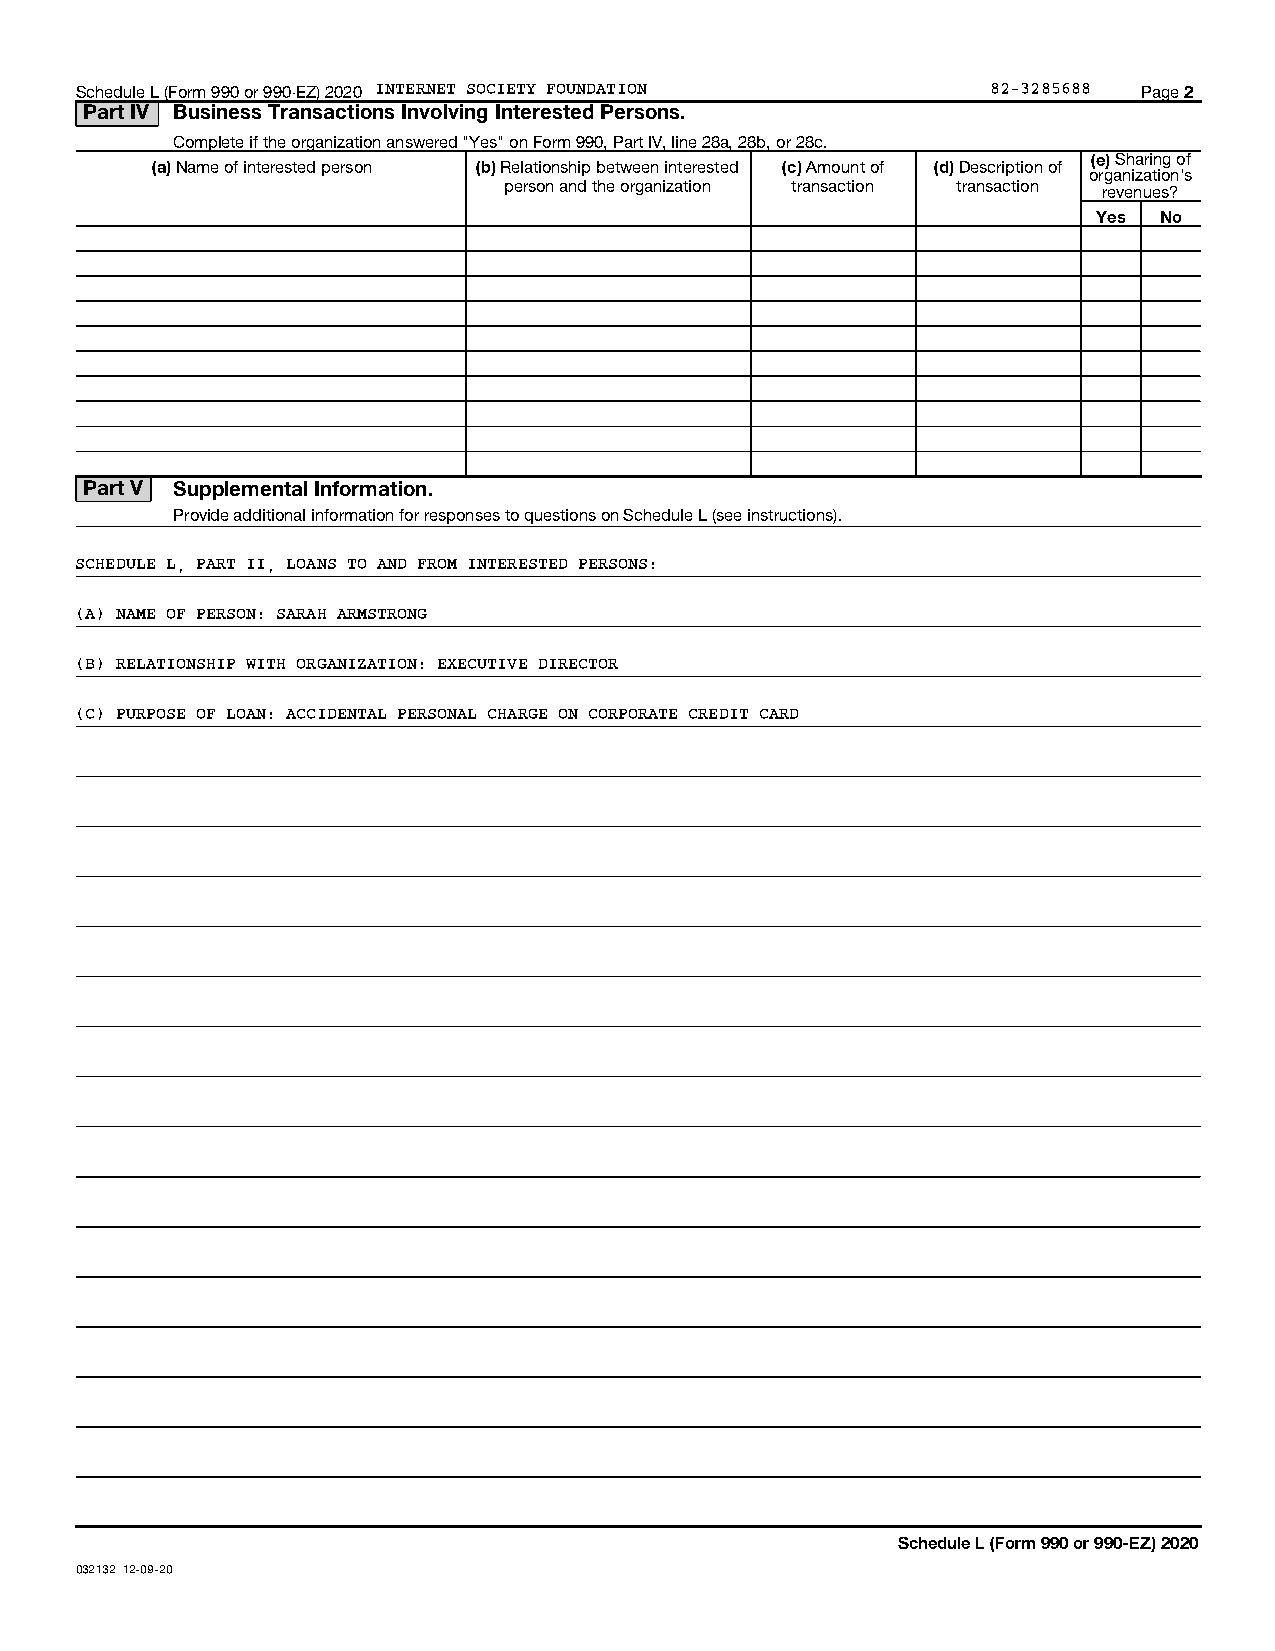
Schedule L (Form 990 or 990-EZ) 2020 INTERNET SOCIETY FOUNDATION 82-3285688 Page 2
 Part IV Business Transactions Involving Interested Persons.
 Complete if the organization answered "Yes" on Form 990, Part IV, line 28a, 28b, or 28c.
 (e) Sharing of
 (a) Name of interested person (b) Relationship between interested (c) Amount of (d) Description of
 organization's
 person and the organization transaction transaction revenues?
 Yes No
 Part V Supplemental Information.
 Provide additional information for responses to questions on Schedule L (see instructions).
 SCHEDULE L, PART II, LOANS TO AND FROM INTERESTED PERSONS:
 (A) NAME OF PERSON: SARAH ARMSTRONG
 (B) RELATIONSHIP WITH ORGANIZATION: EXECUTIVE DIRECTOR
 (C) PURPOSE OF LOAN: ACCIDENTAL PERSONAL CHARGE ON CORPORATE CREDIT CARD
 Schedule L (Form 990 or 990-EZ) 2020
 032132 12-09-20